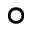
\circ